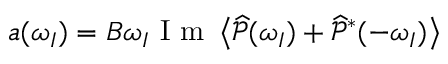
a ( \omega _ { I } ) = B \omega _ { I } \mathrm { ~ I ~ m ~ } \left< \widehat { \mathcal { P } } ( \omega _ { I } ) + \widehat { \mathcal { P } } ^ { * } ( - \omega _ { I } ) \right>